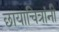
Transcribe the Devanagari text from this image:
छायाचित्रांनी